Report on vaccination in Madras 1904-1921 - 1904-1921
Year: 1904
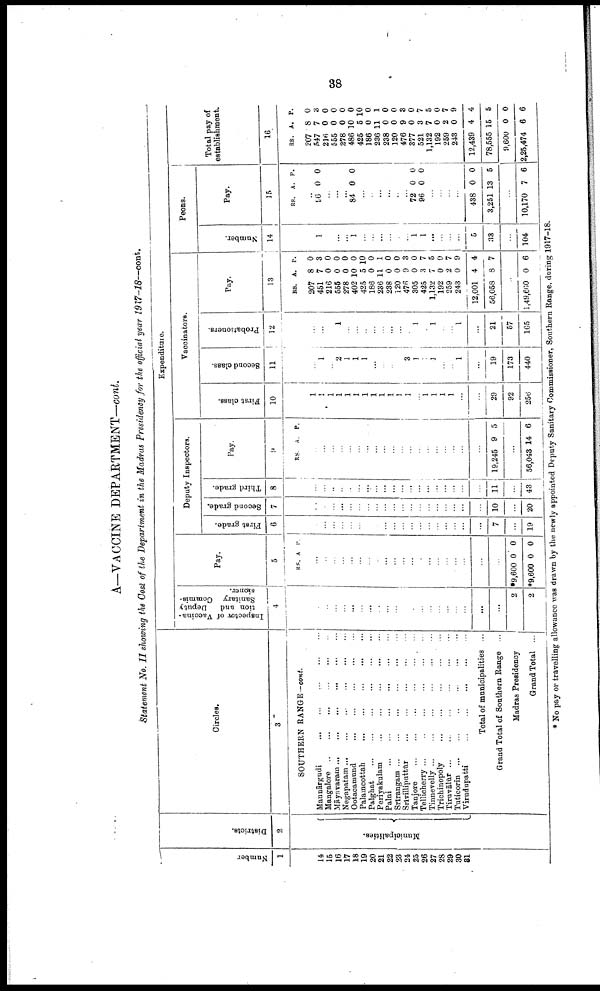
38
A—VACCINE DEPARTMENT—cont.
Statement No. II showing the Cost of the Department in the Madras Presidency for the official year 1917-18—cont.
Number
1
14
15
16
17
18
19
20
21
22
23
21
25
26
27
28
29
30
31
Districts.
2
Municipalities.
Circles.
3
SOUTHERN RANGE —cont.
Mannārgudi
...
...
...
...
...
Mangalore
...
...
...
...
...
...
Māyavaram ... ... ... ... ... ...
Negapatam
...
...
...
...
...
...
Ootacamund ... ... ... ... ...
Palamcottah
...
...
...
...
...
Palghat
...
...
...
...
...
...
Periyakulam
...
...
...
...
...
Palni
...
...
...
...
...
...
Srīrangam
...
...
...
...
...
...
Srīvilliputtūr
...
...
...
...
...
...
Tanjore
...
...
...
...
...
...
Tellicherry ...
...
...
...
...
...
Tinnevelly ... ... ... ... ... ...
Trichinopoly ... ... ... ... ... ...
Tiruvālūr
...
...
...
...
...
...
Tuticorin
...
...
...
...
...
...
Virudupatti
...
...
...
...
...
Total of municipalities ...
Grand Total of Southern Range ...
Madras Presidency
Grand Total ...
Expenditure.
Inspector of Vaccina¬
tion and Deputy
Sanitary Commis
sioner.
4
...
...
...
...
...
...
...
...
...
...
...
...
...
...
...
...
...
...
...
...
2
2
Pay.
5
RS. A. P.
...
...
...
...
...
...
...
...
...
...
...
...
...
...
...
...
...
...
...
...
*9,600
*9,600
0
0
0
0
Deputy Inspectors.
First grade.
6
...
...
...
...
...
...
...
...
...
...
...
...
...
...
...
...
...
...
...
7
...
19
Second grade.
7
...
...
...
...
...
...
...
...
...
...
...
...
...
...
...
...
...
...
...
10
...
20
Third grade.
8
...
...
...
...
...
...
...
...
...
...
...
...
...
...
...
...
...
...
...
11
...
43
Pay.
9
RS. A. P.
...
...
...
...
...
...
...
...
...
...
...
...
...
1
...
...
...
...
...
19,245 9 5
...
56,043 14 6
Vaccinators.
First class.
10
1
1
1
1
1
1
1
1
1
1
1
1
...
1
...
1
...
...
...
29
92
256
Second class.
11
...
1
...
2
1
1
1
...
...
...
...
3
1
1
1
...
...
1
...
19
173
440
Probationers.
12
...
...
...
1
...
...
...
...
...
...
...
...
1
...
1
...
...
1
...
21
57
1G5
Pay.
13
RS.
207
451
216
555
278
402
425
186
236
238
120
476
305
425
1,132
192
259
243
12,001
56,058
A.
8
7
0
0
0
10
5
0
11
0
0
9
0
3
7
0
2
0
4
8
P.
0
3
0
0
0
0
10
0
1
0
0
3
0
7
5
0
7
9
4
7
...
1,49,660 0 6
Peons.
Number.
14
1
...
...
1
...
...
...
...
...
...
1
1
...
...
...
...
5
33
...
104
Pay.
15
RS. A. P.
...
96 0 0
...
...
...
84 0 0
...
...
...
...
...
...
72
96
0
0
0
0
...
...
...
...
438
3,251
0
13
0
5
...
10,170 7 6
Total pay of
establishment.
16
RS.
207
547
216
555
278
486
425
186
236
238
120
476
377
521
1,132
192
259
248
12,439
78,555
9,600
2,25,474
A.
8
7
0
0
0
10
5
0
11
0
0
9
0
3
7
0
2
0
4
15
0
6
P.
0
3
0
0
0
0
10
0
1
0
0
3
0
7
5
0
7
9
4
5
0
6
* No pay or travelling allowance was drawn by the newly appointed Deputy Sanitary Commissioner, Southern Range, during 1917-18.